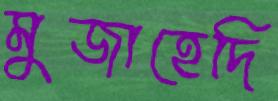
মুজাহেদি